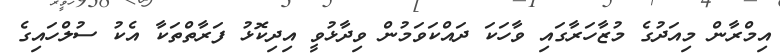
އިމްރާން މިއަދުގެ މުޒާހަރާގައި ވާހަކަ ދައްކަވަމުން ވިދާޅުވީ އިދިކޮޅު ފަރާތްތަކާ އެކު ސުލްހައިގެ